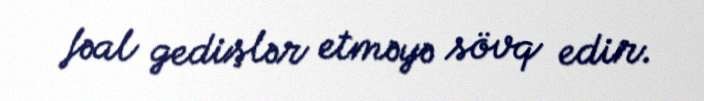
fəal gedişlər etməyə sövq edir.